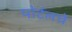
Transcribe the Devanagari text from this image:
पोर्टलचे